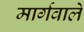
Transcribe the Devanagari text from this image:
मार्गवाले